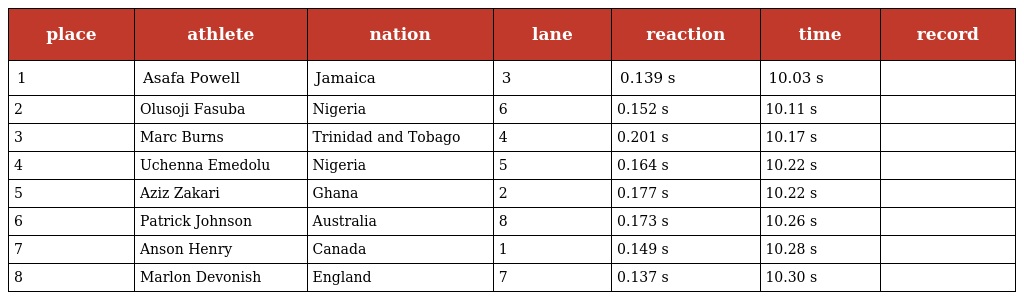
| place | athlete | nation | lane | reaction | time | record |
 | --- | --- | --- | --- | --- | --- | --- |
 | 1 | Asafa Powell | Jamaica | 3 | 0.139 s | 10.03 s |  |
 | 2 | Olusoji Fasuba | Nigeria | 6 | 0.152 s | 10.11 s |  |
 | 3 | Marc Burns | Trinidad and Tobago | 4 | 0.201 s | 10.17 s |  |
 | 4 | Uchenna Emedolu | Nigeria | 5 | 0.164 s | 10.22 s |  |
 | 5 | Aziz Zakari | Ghana | 2 | 0.177 s | 10.22 s |  |
 | 6 | Patrick Johnson | Australia | 8 | 0.173 s | 10.26 s |  |
 | 7 | Anson Henry | Canada | 1 | 0.149 s | 10.28 s |  |
 | 8 | Marlon Devonish | England | 7 | 0.137 s | 10.30 s |  |